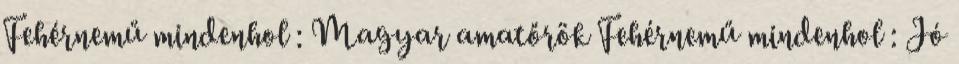
Fehérnemű mindenhol : Magyar amatőrök Fehérnemű mindenhol : Jó